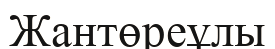
Жантөреұлы